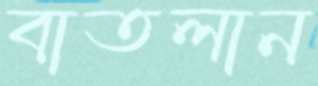
বাতলান